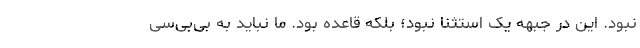
نبود. این در جبهه یک استثنا نبود؛ بلکه قاعده بود. ما نباید به بی‌بی‌سی